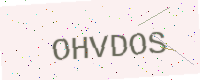
Text: OHVDOS